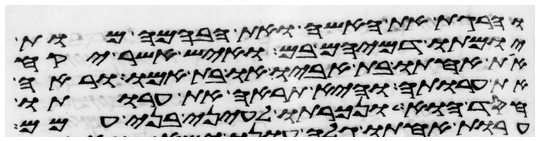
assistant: והרגת את האשה ואת הבהמה מות
יומתו דמיהם בם ואיש אשר יקח
את אחותו בת אביו או בת אמו וראה
את ערותה והיא תראה את ערותו
חסד הוא ונכרתו לעיני בני עמם